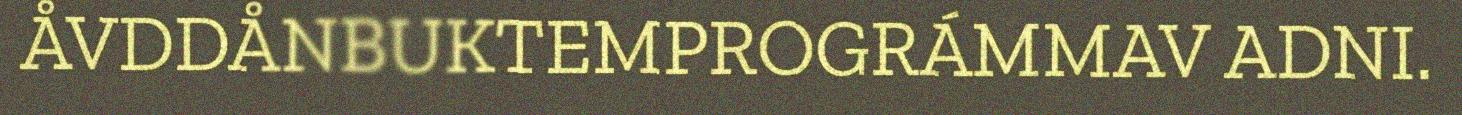
ÅVDDÅNBUKTEMPROGRÁMMAV ADNI.